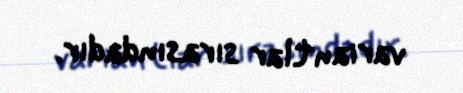
variantlar sırasındadır.